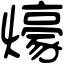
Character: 𤐶